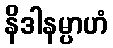
နိဒါနမ္ပာဟံ